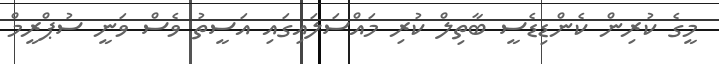
މީގެ ކުރިން ކެންޑިޑެސީ ބާތިލް ކުރި މައްސަލައިގައި އަސީތު ވެސް ވަނީ ސުޕްރީމް